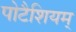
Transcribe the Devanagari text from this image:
पोटैशियम्‌